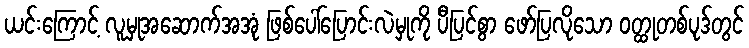
ယင်းကြောင့် လူမှုအဆောက်အအုံ ဖြစ်ပေါ်ပြောင်းလဲမှုကို ပီပြင်စွာ ဖော်ပြလိုသော ဝတ္ထုတစ်ပုဒ်တွင်